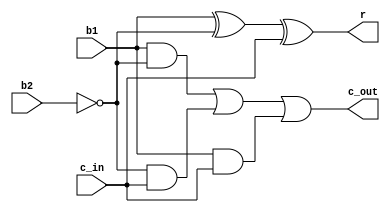
module subtractor (b1, b2, c_in, r, c_out);
    input b1;
    input b2;
    input c_in;
    output r;
    output c_out;

    assign r = (b1 ^ (~b2) ^ c_in);
    assign c_out = (b1 & ~b2) | ((~b2) & c_in) | (b1 & c_in);

endmodule

module four_bit_subtractor(b1, b2, c_in, r, c_out);
    input [3:0] b1, b2;
    input c_in;
    output [3:0] r;
    output c_out;

    wire [3:0] c;
    subtractor adder0 (b1[0], b2[0], c_in, r[0], c[0]);
    subtractor adder1 (b1[1], b2[1], c[0], r[1], c[1]);
    subtractor adder2 (b1[2], b2[2], c[1], r[2], c[2]);
    subtractor adder3 (b1[3], b2[3], c[2], r[3], c[3]);
    assign c_out = c[3];

endmodule



module eight_bit_subtractor(b1, b2, r, c_out);

    input [7:0] b1, b2;
    output [7:0] r;
    output c_out;

    
    wire [1:0] c;
    four_bit_subtractor sub0 (b1[3:0], b2[3:0], 1'b1, r[3:0], c[0]);
    four_bit_subtractor sub1 (b1[7:4], b2[7:4], c[0], r[7:4], c[1]);
    assign c_out = c[1];

    

endmodule 

module tb;

    reg [7:0] A, B;
    wire [7:0] R;
    wire C_out;

    eight_bit_subtractor sub(A, B, R, C_out);

    initial begin
        A = 0;
        B = 0;
        #2;

        $monitor("A = %d, B = %d, R = %d, Carry = %d", A, B, R, C_out);

        repeat(10) begin
            A = $random;
            B = $random;
            #15;
        end
    
    end

endmodule